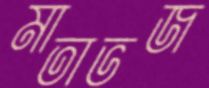
মাতাভজ